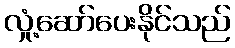
လှုံ့ဆော်ပေးနိုင်သည်